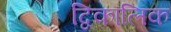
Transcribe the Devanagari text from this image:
द्विकालिक